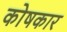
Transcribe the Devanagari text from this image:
काेषकार